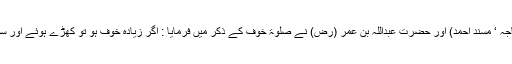
(صحیح بخاری ‘ سنن ابوداؤد ‘ جامع ترمذی ‘ سنن ابن ماجہ ‘ مسند احمد) اور حضرت عبداللہ بن عمر (رض) نے صلوۃ خوف کے ذکر میں فرمایا : اگر زیادہ خوف ہو تو کھڑے ہوئے اور سواری پر نماز پڑھو ‘ خواہ منہ قبلہ کی طرف ہو یا نہ ہو۔